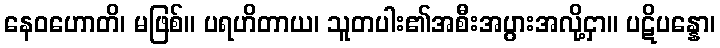
နေဝဟောတိ၊ မဖြစ်။ ပရဟိတာယ၊ သူတပါး၏အစီးအပွားအလို့ငှာ။ ပဋိပန္နော၊